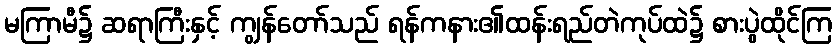
မကြာမီ၌ ဆရာကြီးနှင့် ကျွန်တော်သည် ရန်ကနား၏ထန်းရည်တဲကုပ်ထဲ၌ စားပွဲထိုင်ကြ